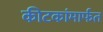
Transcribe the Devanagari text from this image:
कीटकांमार्फत